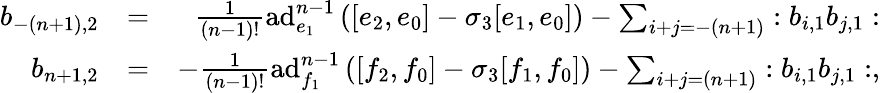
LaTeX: \begin{array}{rlr}{b_{-(n+1),2}}&{=}&{\frac{1}{(n-1)!}\mathrm{ad}_{e_{1}}^{n-1}\left([e_{2},e_{0}]-\sigma_{3}[e_{1},e_{0}]\right)-\sum_{i+j=-(n+1)}:b_{i,1}b_{j,1}:}\\ {b_{n+1,2}}&{=}&{-\frac{1}{(n-1)!}\mathrm{ad}_{f_{1}}^{n-1}\left([f_{2},f_{0}]-\sigma_{3}[f_{1},f_{0}]\right)-\sum_{i+j=(n+1)}:b_{i,1}b_{j,1}:,}\end{array}